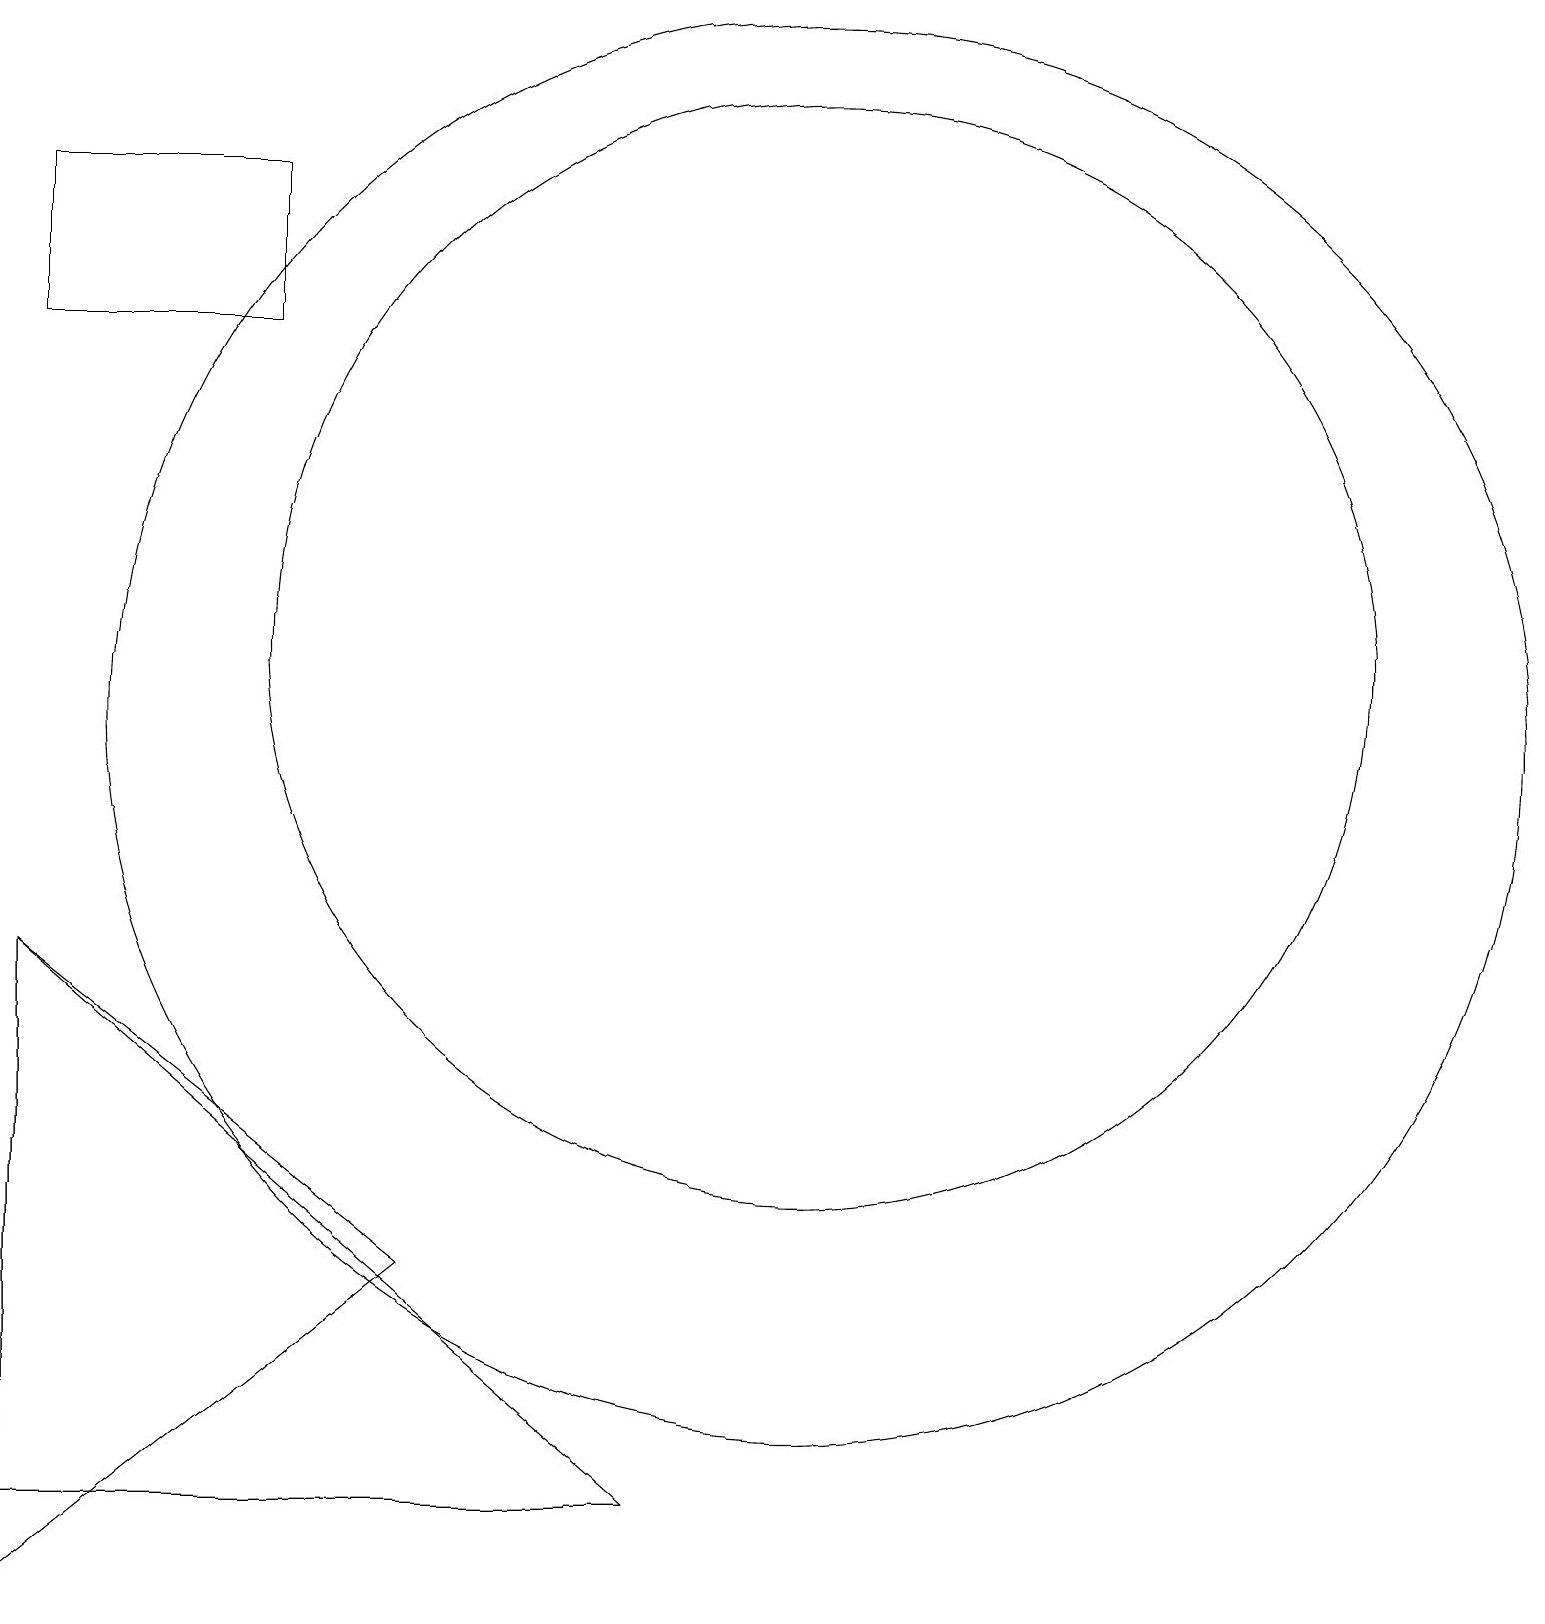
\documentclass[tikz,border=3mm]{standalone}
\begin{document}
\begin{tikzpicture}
\draw (10,11) circle (9);
\draw (3,18) rectangle (0,16);
\draw (0,1) -- (8,1) -- (0,8) -- cycle;
\draw (10,12) circle (7);
\draw (0,8) -- (0,0) -- (5,4) -- cycle;
\draw (3,15) rectangle (3,15);
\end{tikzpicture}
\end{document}